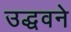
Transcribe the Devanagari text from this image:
उद्धवने